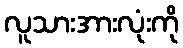
လူသားအားလုံးကို